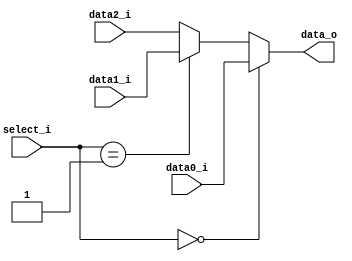
module Mux3to1 (
    data0_i,
    data1_i,
    data2_i,
    select_i,
    data_o
);

  parameter size = 0;

  //I/O ports
  input [size-1:0] data0_i;
  input [size-1:0] data1_i;
  input [size-1:0] data2_i;
  input [2-1:0] select_i;

  output [size-1:0] data_o;

  //Internal Signals
  wire [size-1:0] data_o;

  //Main function
  /*your code here*/
assign data_o = (select_i == 2'b00) ? data0_i :
                (select_i == 2'b01) ? data1_i :
                                      data2_i ;
endmodule